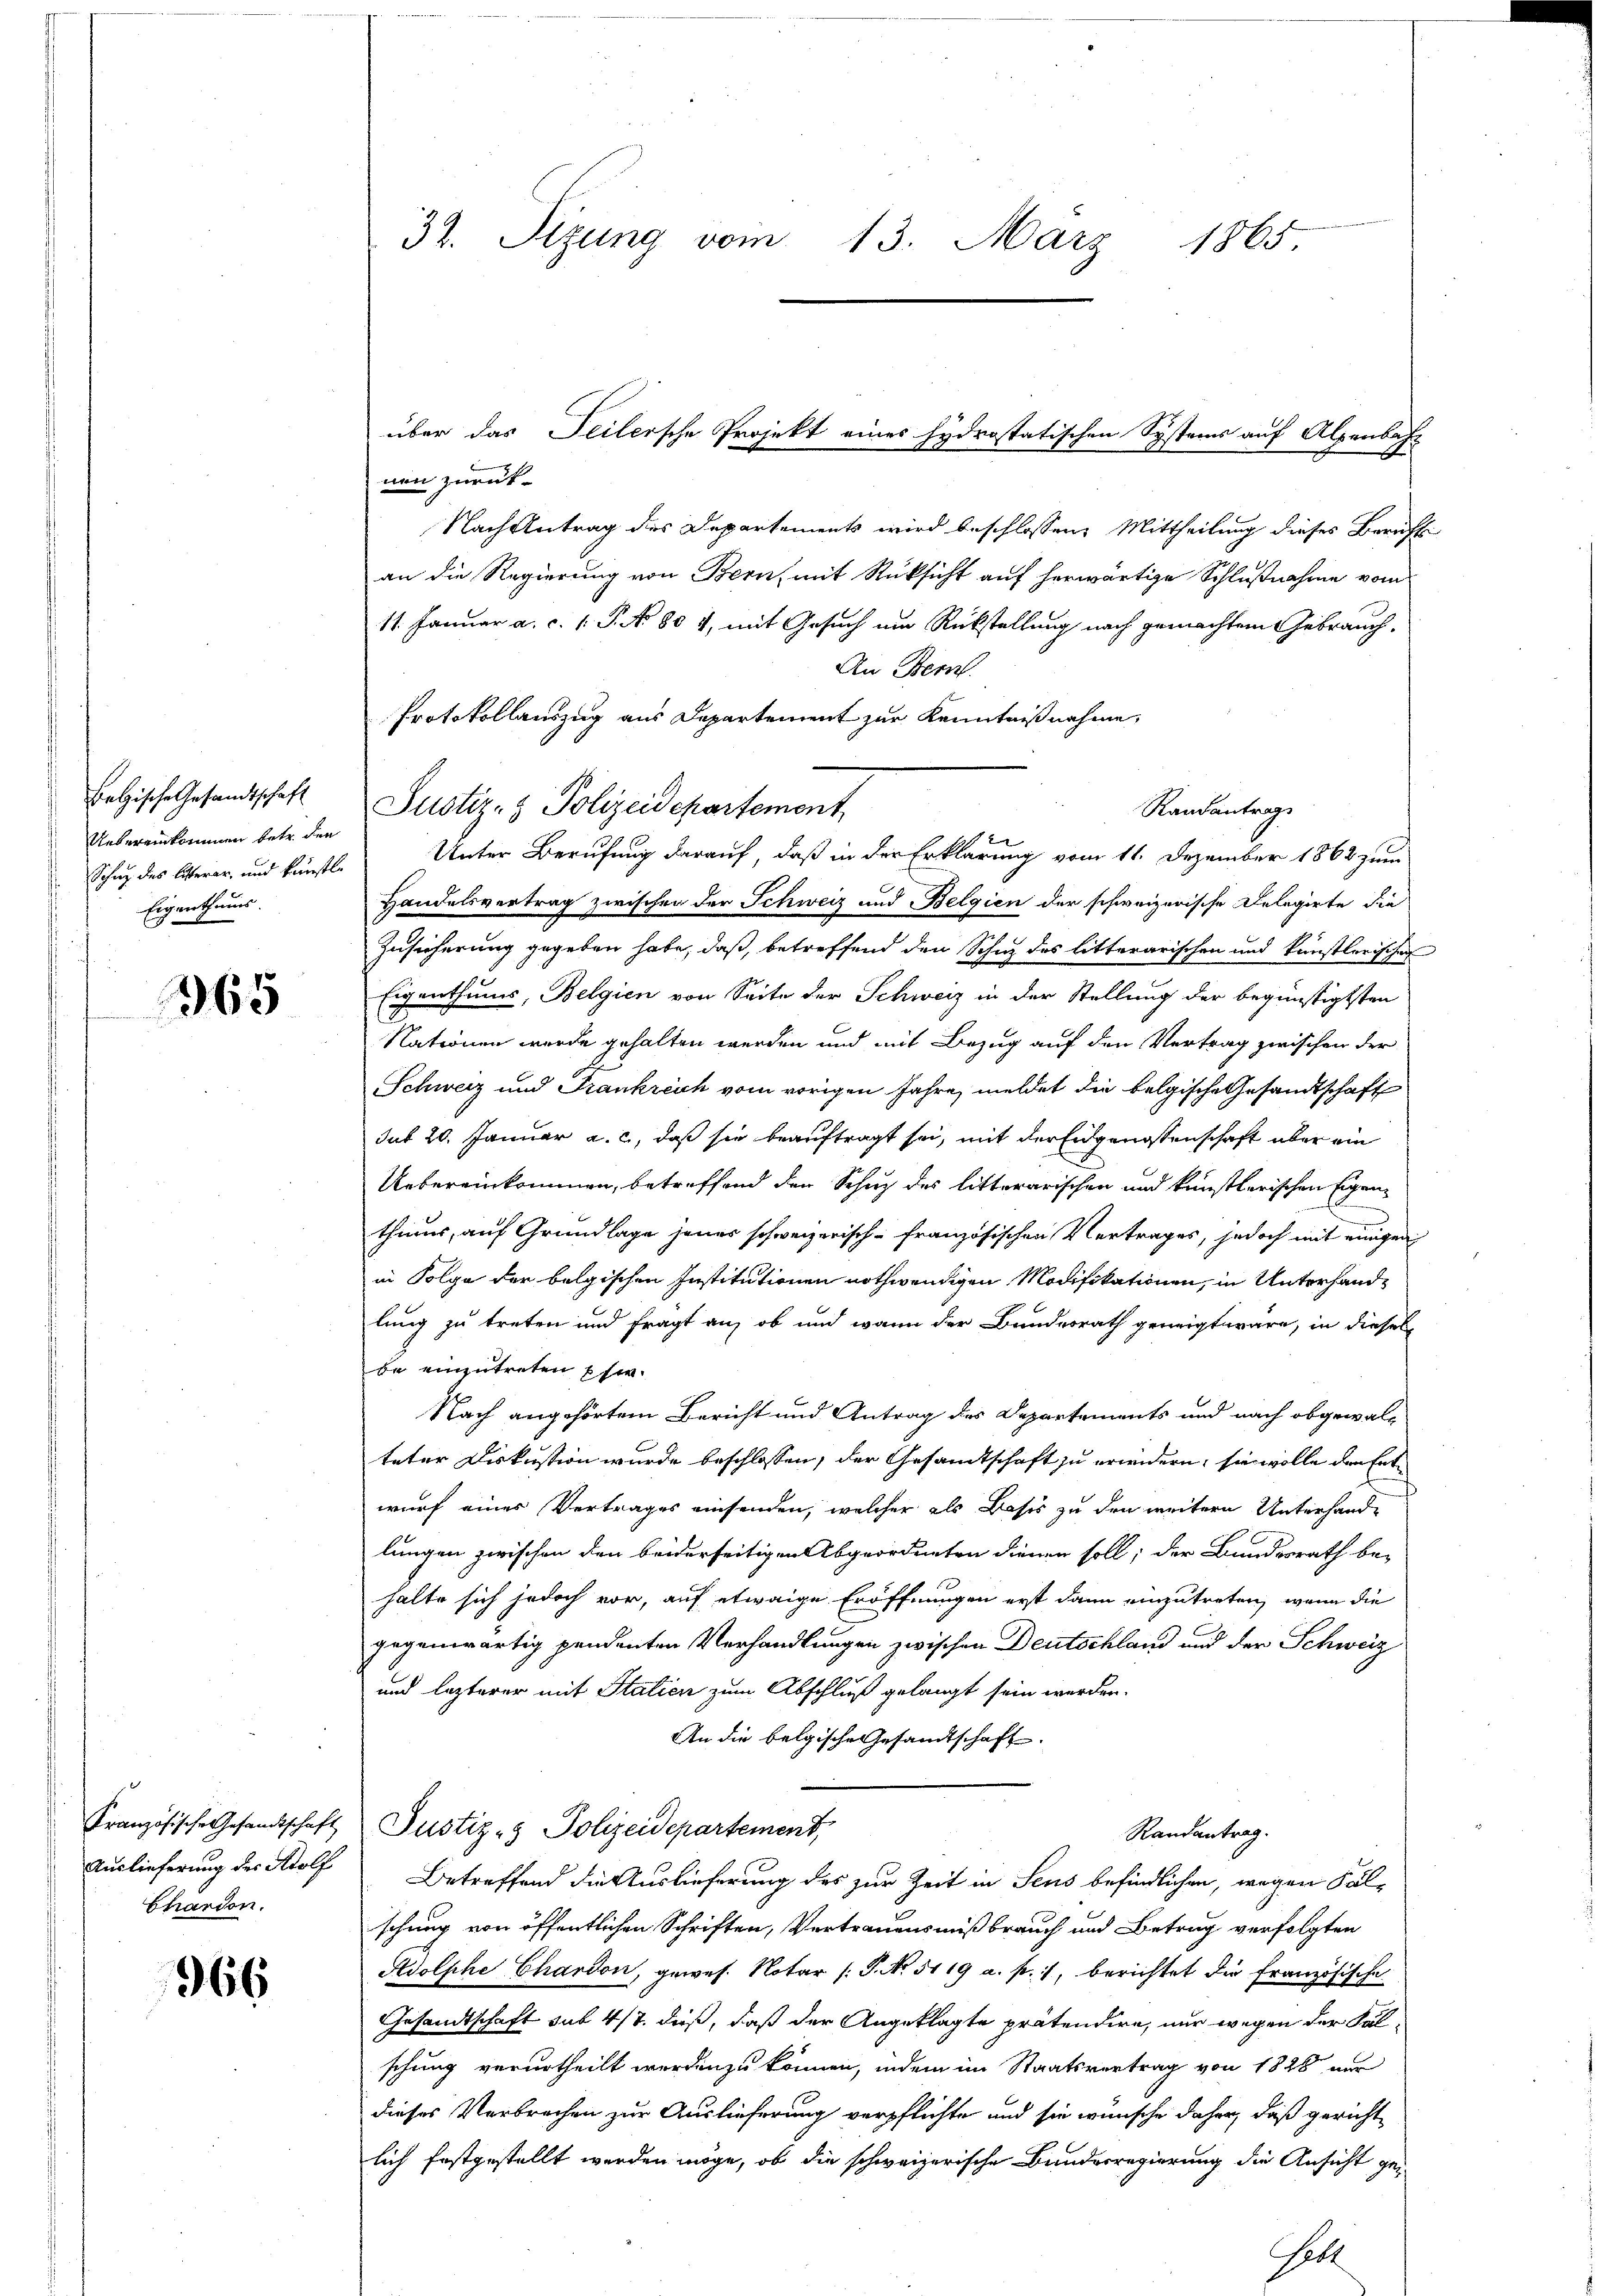
Betische Gesandtschaft
Uebereinkommen betr. den
Schne des litterer, und künstle
Eigenthums.

1965

Französische Gesandtschaft
Auslieferung des Adolf
Chardon.

966

32. Sizung vom 13. März 1865.

nen zurück¬
Nach Antrag des Departements wird beschlossene Mittheilung dieses Berichts
an die Regierung von Bern, mit Rüksicht auf herwärtige Schlußnahme vom
11. Januar a. c. 1 P. No 804, mit Gesuch um Rückstellung nach gemachtem Gebrauch.
An Bern.
Protokollauszug aus Departement zur Kenntnißnahme,
Justiz- & Polizeidepartement,
Unter Berufung darauf, daß in der Erklärung vom 11. Dezember 1862 zum
Handelsvertrag zwischen der Schweiz und Belgien der schweizerische Delegirte die
Zusicherung gegeben habe, daß, betreffend den Schie des litterarischen und künstlerischen
Eigenthums, Belgien von Seite der Schweiz in der Stellung der begünstigsten
Nationen wurde gehalten werden und mit Bezug auf den Vertrag zwischen der
Schweiz und Frankreich vom vorigen Jahre, meldet die belgische Gesandtschaft
sut 20. Januar a. c., daß sie beauftragt sei, mit der Eidgenossenschaft über ein
Uebereinkommen, betreffend den Schuz des litterarischen und künstlerischen Eigen-
thums, auf Grundlage jenes schweizerisch-französischen Vertrages, jedoch mit einigen
in Folge der belgischen Institutionen nothwendigen Modifikationen, in Unterhandlung zu treten und fragt auf ob und wann der Bundesrath geneigt wäre, in diesel
be einzutreten Ehe.
Nach angehörtem Bericht und Antrag des Departements und nach obgewal-
teter Diskussion wurde beschlossen, der Gesandtschaft zu erwidern, sie wolle den Entwurf einer Vertrages einsenden, welcher als Basis zu den weitern Unterhande
lungen zwischen den beiderseitigen Abgeordneten dienen soll; der Bundesrath be-
halte sich jedoch vor, auf etwaige Eröffnungen erst dann einzutreten, wenn die
gegenwärtig pendenten Verhandlungen zwischen Deutschland und der Schweiz
und lezterer mit Statien zum Abschluß gelangt sein werden.
An die belgische Gesandtschaft.
Justiz- & Polizeidepartement,
Randantrag.
Betreffend die Auslieferung des zur Zeit in Seus befindlichen, wegen Fälschung von öffentlichen Schriften, Vertrauensmißbrauch und Betrug verfolgten
Adolphe Chardon, gewes. Notar (: P. No. 5119 a. p. 1, berichtet die französische
Gesandtschaft sub 417. dieß, daß der Angeklagte prätendire, nur wegen der Falschung verurtheilt werden zu können, indem im Staatsvertrag von 1828 nur
dieses Verbrechen zur Auslieferung verpflichte und sie wünsche daher, daß gericht
lich festgestellt werden möge, ob die schweizerische Bundesregierung die Ansicht geett

über das Teilersche Projekt eines hydrastatischen Systems auf Alpenbahr

Randantrag